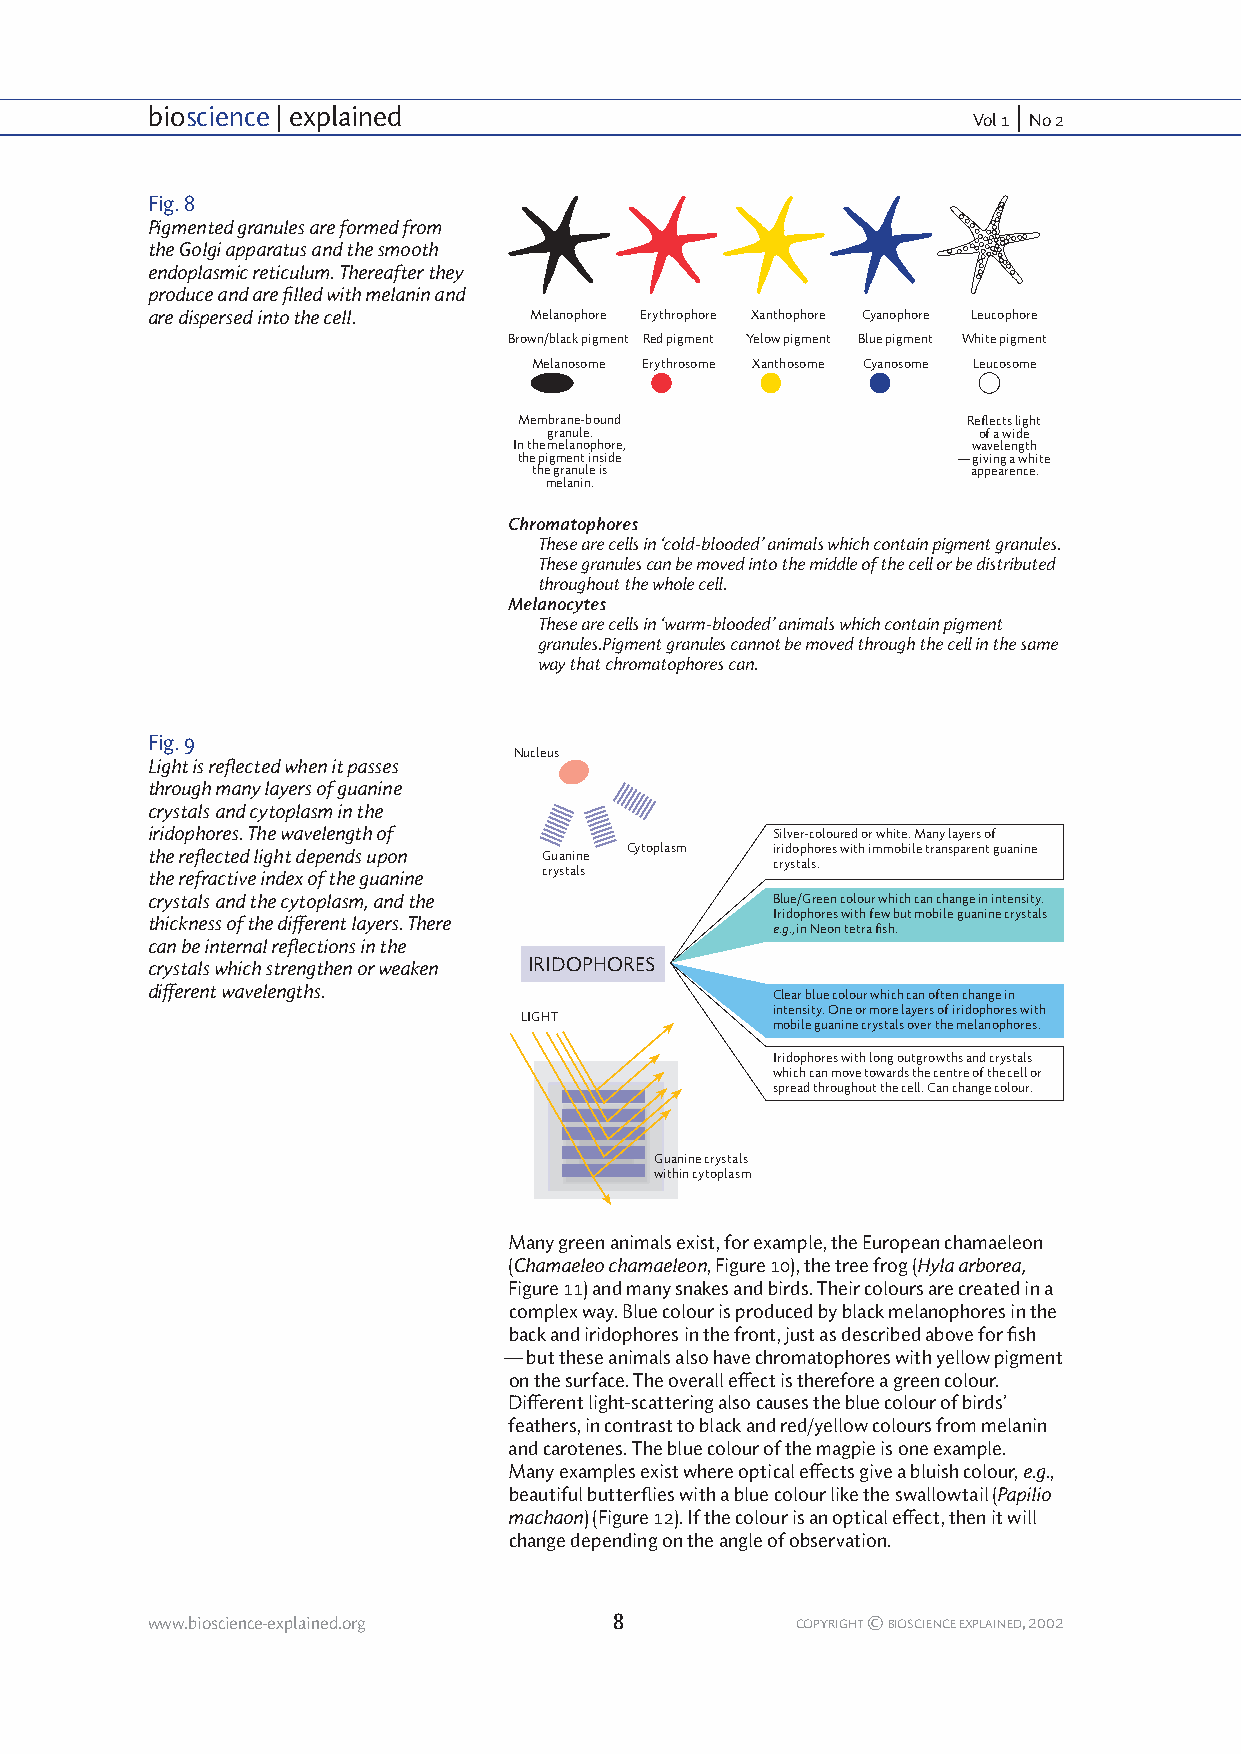
bioscience | explained                                   |
 Vol 1 No 2
 Fig. 8
 Pigmented granules are formed from
 the Golgi apparatus and the smooth
 endoplasmic reticulum. Thereafter they
 produce and are filled with melanin and
 are dispersed into the cell. Melanophore Erythrophore Xanthophore Cyanophore Leucophore
 Brown/black pigment Red pigment Yelow pigment Blue pigment White pigment
 Melanosome Erythrosome Xanthosome Cyanosome Leucosome
 Membrane-bound                Reflects light
 granule.                     of a wide
 In the melanophore,           wavelength
 the pigment inside           — giving a white
 the granule is               appearence.
 melanin.
 Chromatophores
 These are cells in ‘cold-blooded’ animals which contain pigment granules.
 These granules can be moved into the middle of the cell or be distributed
 throughout the whole cell.
 Melanocytes
 These are cells in ‘warm-blooded’ animals which contain pigment
 granules.Pigment granules cannot be moved through the cell in the same
 way that chromatophores can.
 Fig. 9
 Nucleus
 Light is reflected when it passes
 through many layers of guanine
 crystals and cytoplasm in the
 iridophores. The wavelength of           Silver-coloured or white. Many layers of
 the reflected light depends upon Guanine Cytoplasm iridophores with immobile transparent guanine
 crystals.
 the refractive index of the guanine crystals
 crystals and the cytoplasm, and the      Blue/Green colour which can change in intensity.
 Iridophores with few but mobile guanine crystals
 thickness of the different layers. There
 e.g., in Neon tetra fish.
 can be internal reflections in the
 crystals which strengthen or weaken IRIDOPHORES
 different wavelengths.                   Clear blue colour which can often change in
 intensity. One or more layers of iridophores with
 LIGHT
 mobile guanine crystals over the melanophores.
 Iridophores with long outgrowths and crystals
 which can move towards the centre of the cell or
 spread throughout the cell. Can change colour.
 Guanine crystals
 within cytoplasm
 Many green animals exist, for example, the European chamaeleon
 (Chamaeleo chamaeleon, Figure 10), the tree frog (Hyla arborea,
 Figure 11) and many snakes and birds. Their colours are created in a
 complex way. Blue colour is produced by black melanophores in the
 back and iridophores in the front, just as described above for fish
 — but these animals also have chromatophores with yellow pigment
 on the surface. The overall effect is therefore a green colour.
 Different light-scattering also causes the blue colour of birds’
 feathers, in contrast to black and red/yellow colours from melanin
 and carotenes. The blue colour of the magpie is one example.
 Many examples exist where optical effects give a bluish colour, e.g.,
 beautiful butterflies with a blue colour like the swallowtail (Papilio
 machaon) (Figure 12). If the colour is an optical effect, then it will
 change depending on the angle of observation.
 www.bioscience-explained.org   8           COPYRIGHT © BIOSCIENCE EXPLAINED, 2002